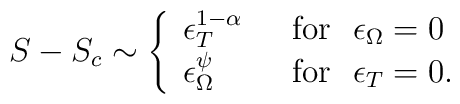
S-S_c \sim \left \{\begin{array}{ll} \epsilon_T ^{1-\alpha} & \ \ {\rm for}\ \ \epsilon_{\Omega}=0 \\ \epsilon_{\Omega}^{\psi} & \ \ {\rm for}\ \ \epsilon_T=0.\end{array} \right.